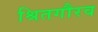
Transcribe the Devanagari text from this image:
श्रितगौरव